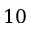
1 0